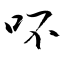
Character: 吥